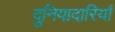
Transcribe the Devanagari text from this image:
दुनियादारियाँ